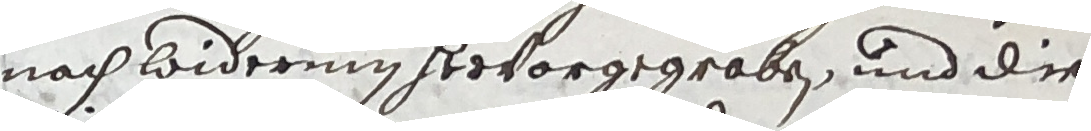
nach widerum hervorgegroben und die